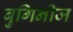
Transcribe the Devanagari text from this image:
बुगिनीज